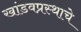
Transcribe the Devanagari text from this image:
खांडवप्रस्थाचे